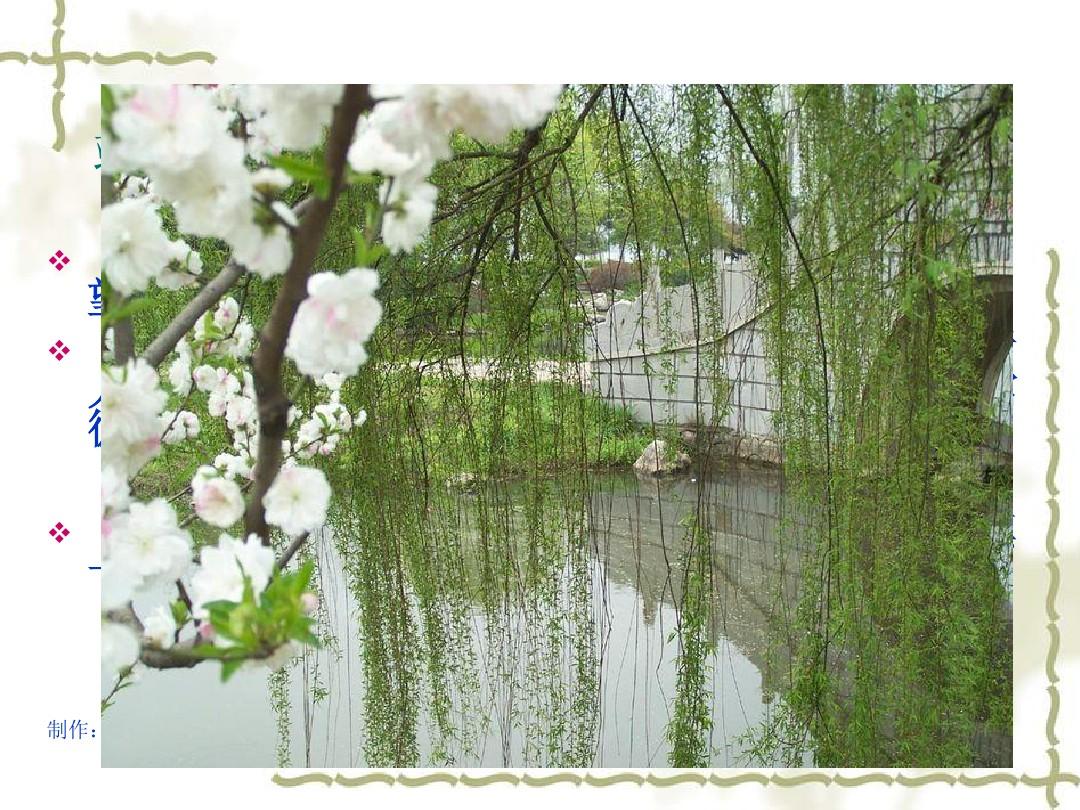
靖安宅里当窗柳，望驿台前扑地花。